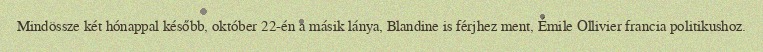
Mindössze két hónappal később, október 22-én a másik lánya, Blandine is férjhez ment, Émile Ollivier francia politikushoz.